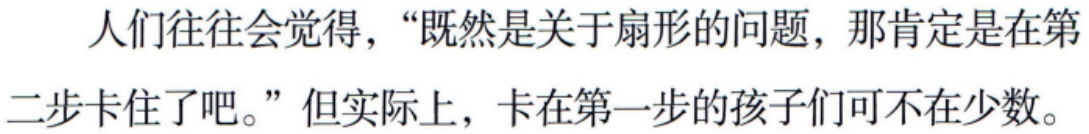
人们往往会觉得，“既然是关于扇形的问题，那肯定是在第二步卡住了吧。”但实际上，卡在第一步的孩子们可不在少数。